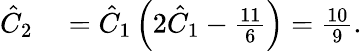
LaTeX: \begin{array}{rl}{\hat{C}_{2}}&{{}=\hat{C}_{1}\left(2\hat{C}_{1}-\frac{11}{6}\right)=\frac{10}{9}.}\end{array}